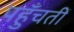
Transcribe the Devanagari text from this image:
पहुँचतीं